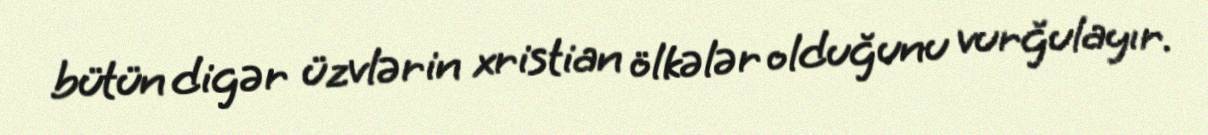
bütün digər üzvlərin xristian ölkələr olduğunu vurğulayır.